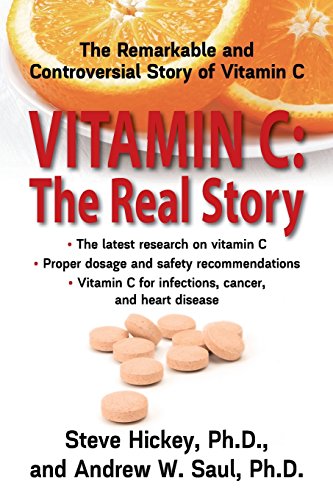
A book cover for Vitamin C: The Real Story, the Remarkable and Controversial Healing Factor; Steve Hickey; Health, Fitness & Dieting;